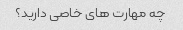
چه مهارت های خاصی دارید؟